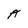
Character: A